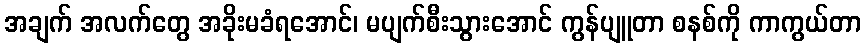
အချက် အလက်တွေ အခိုးမခံရအောင်၊ မပျက်စီးသွားအောင် ကွန်ပျူတာ စနစ်ကို ကာကွယ်တာ